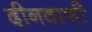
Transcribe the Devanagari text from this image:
दीनवाणी